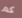
كم